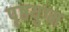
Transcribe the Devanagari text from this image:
पृष्ठयुग्म